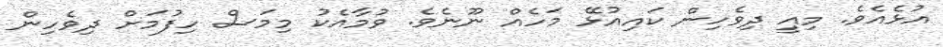
އުޅެއެވެ. މިއީ ދިވެހިން ކައިއުޅޭ މަހެއް ނޫނެވެ. ވުމާއެކު މިމަސް ހިފުމަށް ދިވެހިން